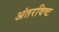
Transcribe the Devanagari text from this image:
अंतरविष्ट